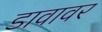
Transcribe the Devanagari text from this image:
डावावर